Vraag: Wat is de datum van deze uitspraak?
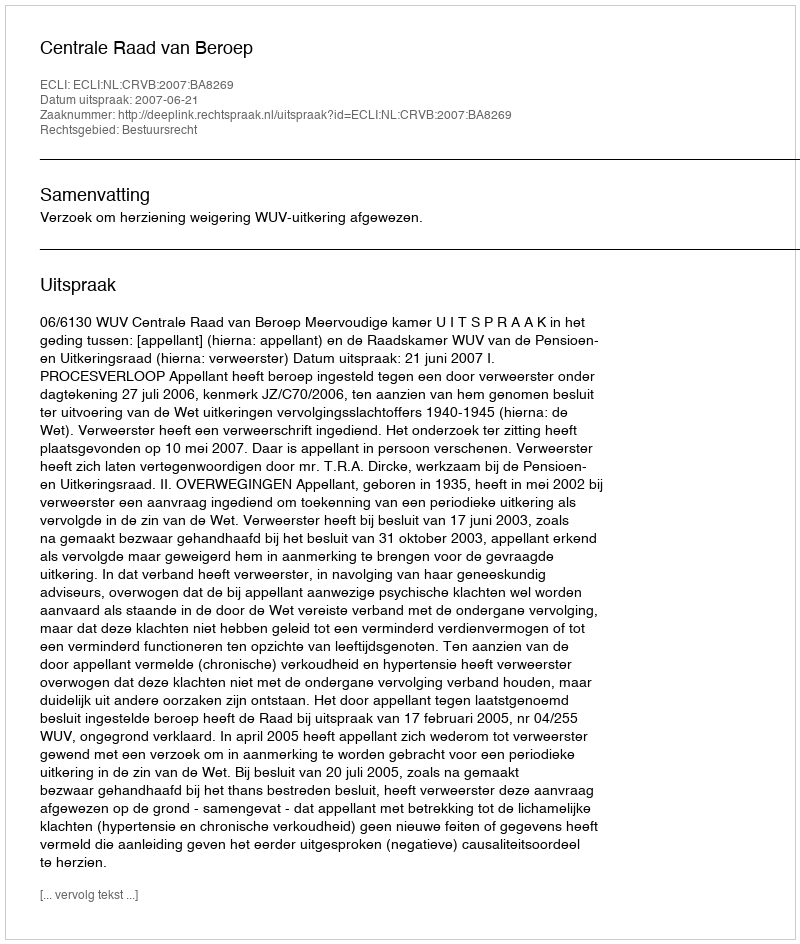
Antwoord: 2007-06-21